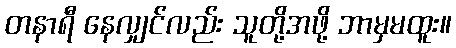
တနာရီ နေလျှင်လည်း သူတို့အဖို့ ဘာမှမထူး။